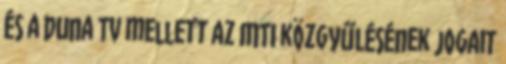
és a Duna Tv mellett az MTI közgyűlésének jogait